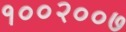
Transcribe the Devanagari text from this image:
१००२००७